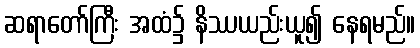
ဆရာတော်ကြီး အထံ၌ နိဿယည်းယူ၍ နေရမည်။